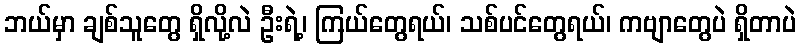
ဘယ်မှာ ချစ်သူတွေ ရှိလို့လဲ ဦးရဲ့၊ ကြယ်တွေရယ်၊ သစ်ပင်တွေရယ်၊ ကဗျာတွေပဲ ရှိတာပဲ